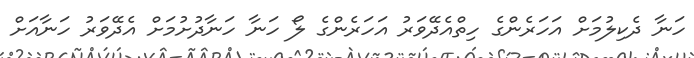
ހަނާ ދެކިލުމަށް އަހަރެންގެ ހިތްއެދޭވަރު އަހަރެންގެ ލޯ ހަނާ ހަނާދުށުމަށް އެދޭވަރު ހަނާއަށް